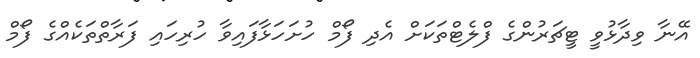
އޭނާ ވިދާޅުވީ ޓީޗަރުންގެ ފްލެޓްތަކަށް އެދި ފޯމް ހުށަހަޅާފައިވާ ހުރިހައި ފަރާތްތަކެއްގެ ފޯމް